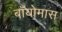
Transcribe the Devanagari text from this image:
बॉयोमास